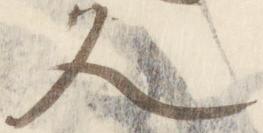
久